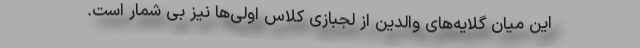
این میان گلایه‌های والدین از لجبازی کلاس اولی‌ها نیز بی شمار است.